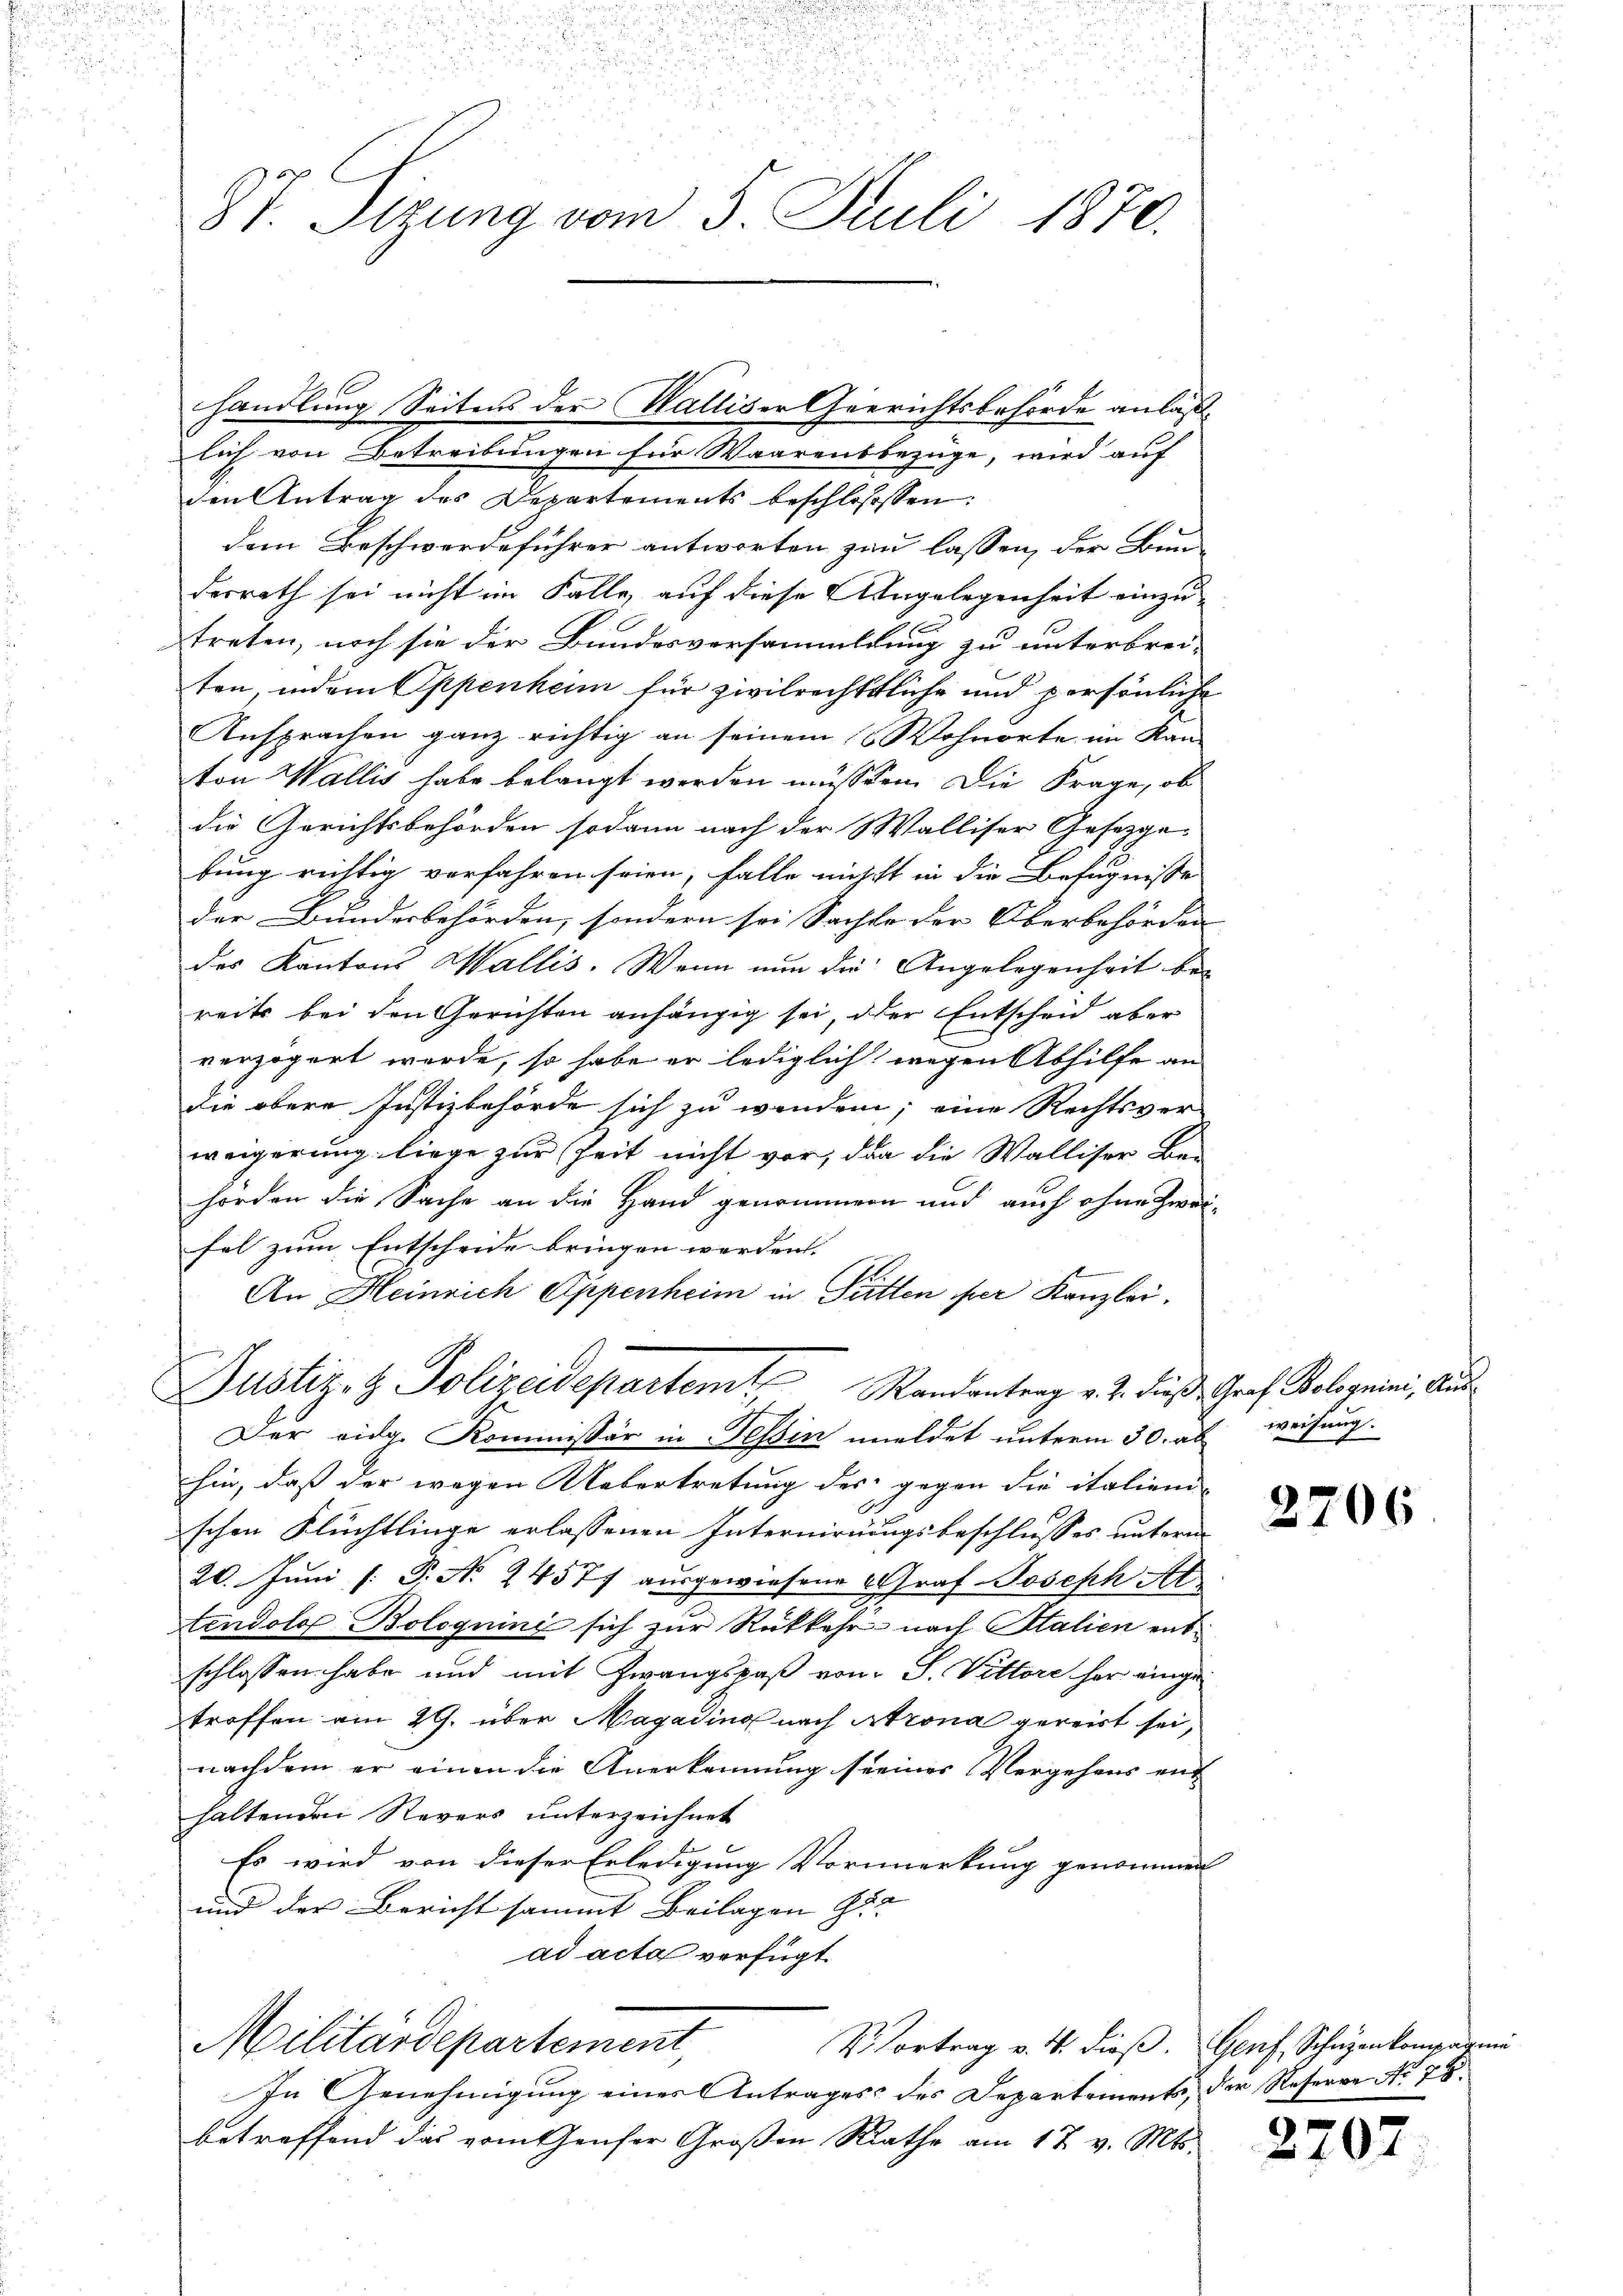
u
.

.

d

87. Sizung vom 5. Juli 1870.

lich von Betreibungen für Waarensbezüge, wird auf
den Antrag des Departements beschlossen:
dem Beschwerdeführer antworten zu lassen, der Bun-
desrath sei nicht im Falle, auf diese Angelegenheit einzu-
2
treten, noch sie der Bundesversanmeldung zu unterbrei-
ten, indem Oppenheim für zivilrechtliche und persönliche
Ansprachen ganz richtig an seinem Wohnorte im Kan-
ton Wallis habe belangt werden müssten. Die Frage, ob
die Gerichtsbehörden sodann nach der Walliser Gesetzge-
bung richtig verfahren seien, falle nicht in die Befugnisse |
der Bunderbehörden, sondern sei Sachte der Oberbehörden |
des Kantons Wallis. Wenn nun die Angelegenheit bereits bei den Gerichten anhängig sei, der Entscheid aber
verzögert werde, so habe er lediglich wegen Abhilfe an
die obere Justizbehörde sich zu wenden; eine Rechtsver-
weigerung liege zur Zeit nicht vor, da die Walliser Be-
hörden die Sache an die Hand genommen und auch ohne Zwei-
fel zum Entscheide bringen werden. |
S.
An Heinrich Oppenheim in Sitten per Kanzlei.
Justiz- & Polizeidepartem Randantrag v. 2. dies Graf Bologuini, Aushnch
Der eidg. Kommissär in Tessin meldet unterm 30. ab weisung.
hin, daß der wegen Uebertretung des gegen die italien- |
J.
schen Flüchtlinge erlassenen Internirungsbeschlusses unterm
20. Juni [: P. Nr. 24577 ausgewiesene Graf Joseph Al
tendolf Bolognini sich zur Rükkehr nach Stalien entschlossen habe und mit Zwangspaß vom J. Vittore her eingetroffen am 29. über Magading nach Atrona gereist sei,
nachdem er einen die Anerkennung seines Vergehens ent
haltenden Revers unterzeichnet

Es wird von dieser Erledigung Vormerkung genommen
und der Bericht sammt Beilagen Ge- |
ad acta verfügt
Militärdepartement,
V. Vortrag v. 4. dieß. Genf, Schüzenkompagnie
In Genehmigung eines Antrages des Departements, der Reserve No 78.
betreffend das vom tauser Großen Rathe am 17. v. Mts.

handlung Seitens der Walliser Gerichtsbehörde anläß¬

2206

2702